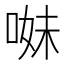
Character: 𠵈